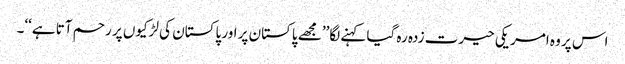
اس پر وہ امریکی حیرت زدہ رہ گیا کہنے لگا’’مجھے پاکستان پر اور پاکستان کی لڑکیوں پر رحم آتا ہے‘‘۔